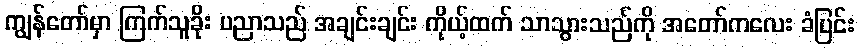
ကျွန်တော်မှာ ကြက်သူခိုး ပညာသည် အချင်းချင်း ကိုယ့်ထက် သာသွားသည်ကို အတော်ကလေး ခံပြင်း